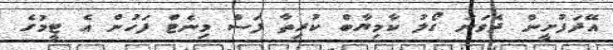
އޭދަފުށީން ދެވަނަ ގޯލު ކާމިޔާބް ކުރިތާ ފަސް މިނެޓް ފަހުން އެ ޓީމުގެ